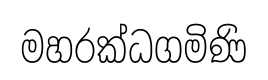
මහරක්ධගමිණි